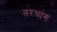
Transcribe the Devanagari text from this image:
तरथांग